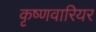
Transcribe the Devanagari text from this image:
कृष्णवारियर